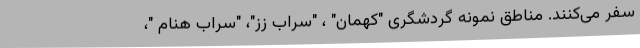
سفر می‌کنند. مناطق نمونه گردشگری "کهمان" ، "سراب زز"، "سراب هنام "،